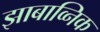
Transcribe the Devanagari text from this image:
झाबाव्निक